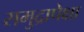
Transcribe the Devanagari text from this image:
समुद्रापेक्षा